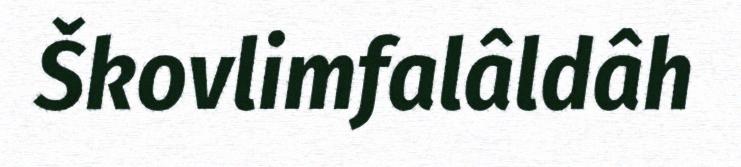
Škovlimfalâldâh